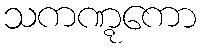
သကဏ္ဋကော